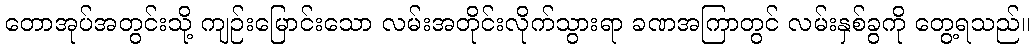
တောအုပ်အတွင်းသို့ ကျဉ်းမြောင်းသော လမ်းအတိုင်းလိုက်သွားရာ ခဏအကြာတွင် လမ်းနှစ်ခွကို တွေ့ရသည်။